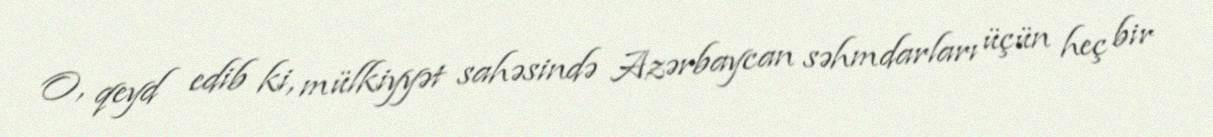
O, qeyd edib ki, mülkiyyət sahəsində Azərbaycan səhmdarları üçün heç bir